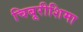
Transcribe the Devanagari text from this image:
चिबूरीशिमा